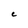
Character: C